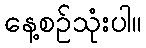
နေ့စဉ်သုံးပါ။